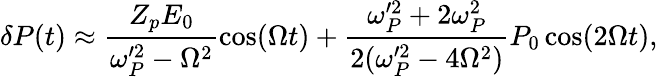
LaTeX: \delta P(t)\approx\frac{Z_{p}E_{0}}{\omega_{P}^{\prime 2}-\Omega^{2}}\cos(\Omega t)+\frac{\omega_{P}^{\prime 2}+2\omega_{P}^{2}}{2(\omega_{P}^{\prime 2}-4\Omega^{2})}P_{0}\cos(2\Omega t),